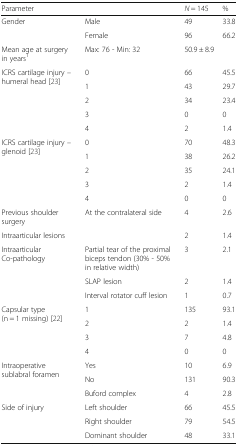
<table><thead><tr><td colspan="2"><b>Parameter</b></td><td><b><i>N</i> = 145</b></td><td><b>%</b></td></tr></thead><tbody><tr><td rowspan="2">Gender</td><td>Male</td><td>49</td><td>33.8</td></tr><tr><td>Female</td><td>96</td><td>66.2</td></tr><tr><td>Mean age at surgery in years<sup>1</sup></td><td>Max: 76 - Min: 32</td><td colspan="2">50.9 ± 8.9</td></tr><tr><td rowspan="5">ICRS cartilage injury – humeral head [23]</td><td>0</td><td>66</td><td>45.5</td></tr><tr><td>1</td><td>43</td><td>29.7</td></tr><tr><td>2</td><td>34</td><td>23.4</td></tr><tr><td>3</td><td>0</td><td>0</td></tr><tr><td>4</td><td>2</td><td>1.4</td></tr><tr><td rowspan="5">ICRS cartilage injury – glenoid [23]</td><td>0</td><td>70</td><td>48.3</td></tr><tr><td>1</td><td>38</td><td>26.2</td></tr><tr><td>2</td><td>35</td><td>24.1</td></tr><tr><td>3</td><td>2</td><td>1.4</td></tr><tr><td>4</td><td>0</td><td>0</td></tr><tr><td>Previous shoulder surgery</td><td>At the contralateral side</td><td>4</td><td>2.6</td></tr><tr><td>Intraarticular lesions</td><td></td><td>2</td><td>1.4</td></tr><tr><td rowspan="3">Intraarticular Co-pathology</td><td>Partial tear of the proximal biceps tendon (30% - 50% in relative width)</td><td>3</td><td>2.1</td></tr><tr><td>SLAP lesion</td><td>2</td><td>1.4</td></tr><tr><td>Interval rotator cuff lesion</td><td>1</td><td>0.7</td></tr><tr><td rowspan="4">Capsular type (n = 1 missing) [22]</td><td>1</td><td>135</td><td>93.1</td></tr><tr><td>2</td><td>2</td><td>1.4</td></tr><tr><td>3</td><td>7</td><td>4.8</td></tr><tr><td>4</td><td>0</td><td>0</td></tr><tr><td rowspan="3">Intraoperative sublabral foramen</td><td>Yes</td><td>10</td><td>6.9</td></tr><tr><td>No</td><td>131</td><td>90.3</td></tr><tr><td>Buford complex</td><td>4</td><td>2.8</td></tr><tr><td rowspan="3">Side of injury</td><td>Left shoulder</td><td>66</td><td>45.5</td></tr><tr><td>Right shoulder</td><td>79</td><td>54.5</td></tr><tr><td>Dominant shoulder</td><td>48</td><td>33.1</td></tr></tbody></table>